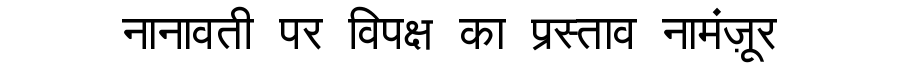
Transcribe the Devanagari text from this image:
नानावती पर विपक्ष का प्रस्ताव नामंज़ूर